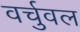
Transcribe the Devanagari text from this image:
वर्चुवल